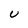
Character: U